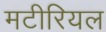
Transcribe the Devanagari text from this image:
मटीरियल